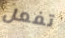
تفعل